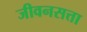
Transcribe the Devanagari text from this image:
जीवनसत्ता